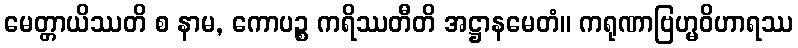
မေတ္တာယိဿတိ စ နာမ, ကောပဉ္စ ကရိဿတီတိ အဋ္ဌာနမေတံ။ ကရုဏာဗြဟ္မဝိဟာရဿ